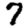
Digit: 7